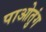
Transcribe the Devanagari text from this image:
पाओतुंग